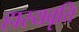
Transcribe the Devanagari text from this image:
हास्यवृत्ति